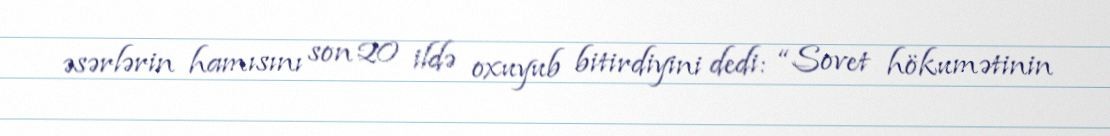
əsərlərin hamısını son 20 ildə oxuyub bitirdiyini dedi: “Sovet hökumətinin